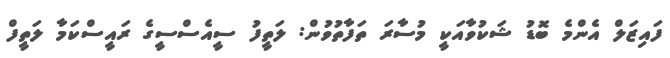
ފައިޒަލް އެންމެ ބޮޑު ޝަކުވާއަކީ މުސާރަ ތަފާތުވުން: ލަތީފު ސީއެސްސީގެ ރައީސްކަމާ ލަތީފް